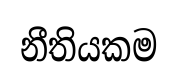
නීතියකම